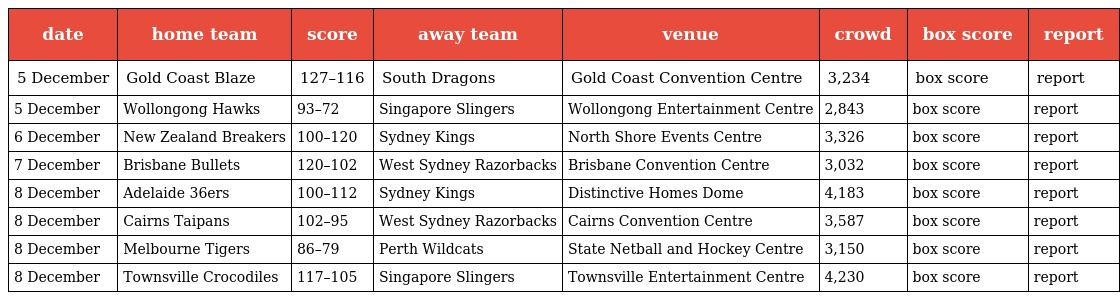
| date | home team | score | away team | venue | crowd | box score | report |
 | --- | --- | --- | --- | --- | --- | --- | --- |
 | 5 December | Gold Coast Blaze | 127–116 | South Dragons | Gold Coast Convention Centre | 3,234 | box score | report |
 | 5 December | Wollongong Hawks | 93–72 | Singapore Slingers | Wollongong Entertainment Centre | 2,843 | box score | report |
 | 6 December | New Zealand Breakers | 100–120 | Sydney Kings | North Shore Events Centre | 3,326 | box score | report |
 | 7 December | Brisbane Bullets | 120–102 | West Sydney Razorbacks | Brisbane Convention Centre | 3,032 | box score | report |
 | 8 December | Adelaide 36ers | 100–112 | Sydney Kings | Distinctive Homes Dome | 4,183 | box score | report |
 | 8 December | Cairns Taipans | 102–95 | West Sydney Razorbacks | Cairns Convention Centre | 3,587 | box score | report |
 | 8 December | Melbourne Tigers | 86–79 | Perth Wildcats | State Netball and Hockey Centre | 3,150 | box score | report |
 | 8 December | Townsville Crocodiles | 117–105 | Singapore Slingers | Townsville Entertainment Centre | 4,230 | box score | report |